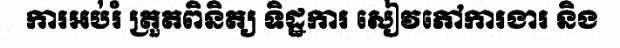
ការអប់រំ ត្រួតពិនិត្យ ទិដ្ឋការ សៀវភៅការងារ និង